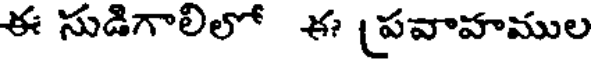
ఈ సుడిగాలిలో ఈ (పవాహముల